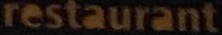
restaurant